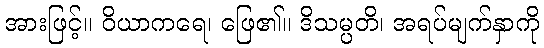
အားဖြင့်။ ဝိယာကရေ၊ ဖြေ၏။ ဒိသမ္ပတိ၊ အရပ်မျက်နှာကို